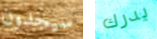
سيجدون يدرك